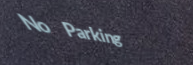
No Parking